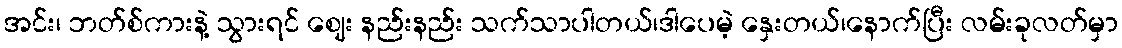
အင်း၊ ဘတ်စ်ကားနဲ့ သွားရင် ဈေး နည်းနည်း သက်သာပါတယ်၊ဒါပေမဲ့ နှေးတယ်၊နောက်ပြီး လမ်းခုလတ်မှာ